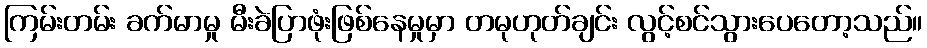
ကြမ်းတမ်း ခက်မာမှု မီးခဲပြာဖုံးဖြစ်နေမှုမှာ တမုဟုတ်ချင်း လွင့်စင်သွားပေတော့သည်။